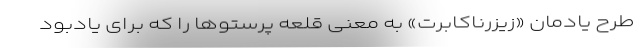
طرحِ یادمانِ «زیزرناکابرت» به معنی قلعه پرستوها را که برای یادبود